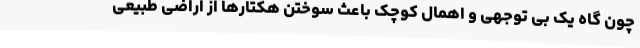
چون گاه یک بی توجهی و اهمال کوچک باعث سوختن هکتارها از اراضی طبیعی